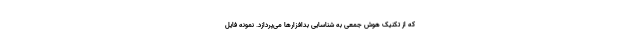
که از تکنیک هوش جمعی به شناسایی بدافزارها می‌پردازد. نمونه فایل‌